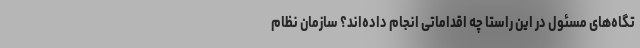
تگاه‌های مسئول در این راستا چه اقداماتی انجام داده‌اند؟ سازمان نظام